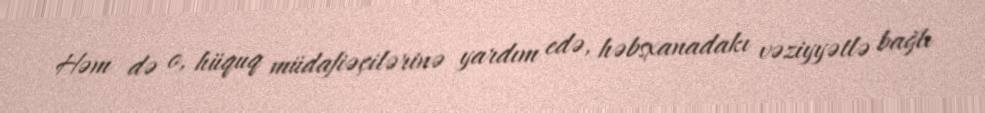
Həm də o, hüquq müdafiəçilərinə yardım edə, həbsxanadakı vəziyyətlə bağlı